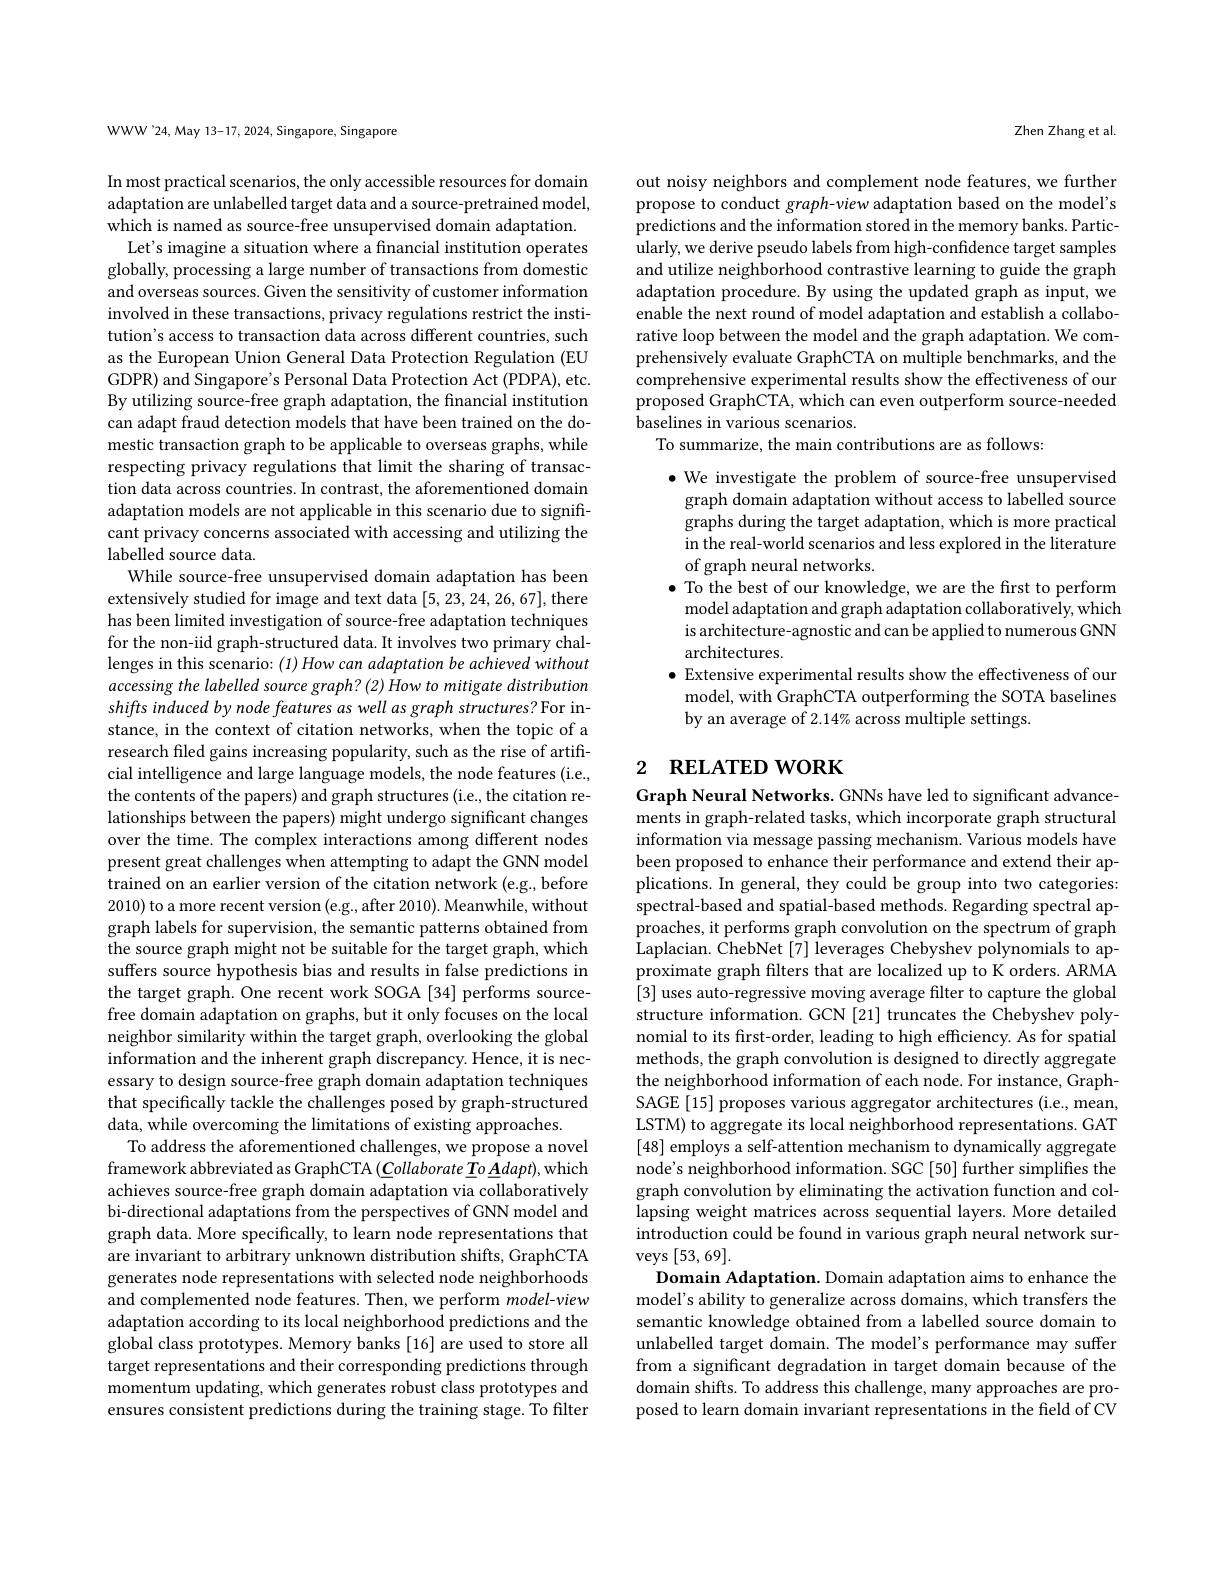
WWW'24, May 13-17, 2024, Singapore, Singapore

In most practical scenarios, the only accessible resources for domain adaptation are unlabelled target data and a source-pretrained model, which is named as source-free unsupervised domain adaptation. Let's imagine a situation where a financial institution operates
globally, processing a large number of transactions from domestic and overseas sources. Given the sensitivity of customer information involved in these transactions, privacy regulations restrict the institution's access to transaction data across different countries, such as the European Union General Data Protection Regulation (EU GDPR) and Singapore's Personal Data Protection Act (PDPA), etc. By utilizing source-free graph adaptation, the financial institution can adapt fraud detection models that have been trained on the domestic transaction graph to be applicable to overseas graphs, while respecting privacy regulations that limit the sharing of transaction data across countries. In contrast, the aforementioned domain adaptation models are not applicable in this scenario due to significant privacy concerns associated with accessing and utilizing the labelled source data.
While source-free unsupervised domain adaptation has been extensively studied for image and text data [5,23,24,26,67],there has been limited investigation of source-free adaptation techniques for the non-iid graph-structured data. It involves two primary challenges in this scenario: (1) How can adaptation be achieved without accessing the labelled source graph? (2) How to mitigate distribution shifts induced by node features as well as graph structures? For instance, in the context of citation networks, when the topic of a research filed gains increasing popularity, such as the rise of artifrcial intelligence and large language models, the node features (i.e., the contents of the papers) and graph structures (i.e, the citation relationships between the papers) might undergo significant changes over the time. The complex interactions among different nodes present great challenges when attempting to adapt the GNN model trained on an earlier version of the citation network (e.g., before 2010) to a more recent version (e.g., after 2010). Meanwhile, without graph labels for supervision, the semantic patterns obtained from the source graph might not be suitable for the target graph, which suffers source hypothesis bias and results in false predictions in the target graph. One recent work SOGA [34] performs sourcefree domain adaptation on graphs, but it only focuses on the local neighbor similarity within the target graph, overlooking the global information and the inherent graph discrepancy. Hence, it is necessary to design source-free graph domain adaptation techniques that specifically tackle the challenges posed by graph-structured data, while overcoming the limitations of existing approaches.
To address the aforementioned challenges, we propose a novel framework abbreviated as GraphCTA $(\underline{C}ollaborate\underline{T}o\underline{A}dapt)$,which achieves source-free graph domain adaptation via collaboratively bi-directional adaptations from the perspectives of GNN model and graph data. More specifically, to learn node representations that are invariant to arbitrary unknown distribution shifts, GraphCTA generates node representations with selected node neighborhoods and complemented node features. Then, we perform model-view adaptation according to its local neighborhood predictions and the $\hat{\text{global class prototypes. Memory banks[16] are used to store all}}$ target representations and their corresponding predictions through momentum updating, which generates robust class prototypes and ensures consistent predictions during the training stage. To filter

Zhen Zhang et al.

out noisy neighbors and complement node features, we further propose to conduct graph-view adaptation based on the model's predictions and the information stored in the memory banks. Particularly, we derive pseudo labels from high-confidence target samples and utilize neighborhood contrastive learning to guide the graph adaptation procedure. By using the updated graph as input, we enable the next round of model adaptation and establish a collaborative loop between the model and the graph adaptation. We comprehensively evaluate GraphCTA on multiple benchmarks, and the comprehensive experimental results show the effectiveness of our proposed GraphCTA, which can even outperform source-needed baselines in various scenarios.
To summarize, the main contributions are as follows:

$\bullet$ We investigate the problem of source-free unsupervised graph domain adaptation without access to labelled source graphs during the target adaptation, which is more practical in the real-world scenarios and less explored in the literature of graph neural networks.
$\bullet$ To the best of our knowledge, we are the first to perform model adaptation and graph adaptation collaboratively, which is architecture-agnostic and can be applied to numerous GNN architectures.
$\bullet$ Extensive experimental results show the effectiveness of our
model, with GraphCTA outperforming the SOTA baselines
by an average of 2.14% across multiple settings.

## 2 RELATED WORK

Graph Neural Networks. GNNs have led to significant advancements in graph-related tasks, which incorporate graph structural information via message passing mechanism. Various models have been proposed to enhance their performance and extend their applications. In general, they could be group into two categories: spectral-based and spatial-based methods. Regarding spectral approaches, it performs graph convolution on the spectrum of graph ${\mathrm{Laplacian.~ChebNet~[7]~leverages~Chebyshev~polynomials~to~ap-}}$ proximate graph filters that are localized up to K orders. ARMA [3] uses auto-regressive moving average filter to capture the global structure information. GCN [21] truncates the Chebyshev polynomial to its first-order, leading to high efficiency. As for spatial methods, the graph convolution is designed to directly aggregate the neighborhood information of each node. For instance, GraphSAGE[15] proposes various aggregator architectures (i.e., mean, LSTM) to aggregate its local neighborhood representations. GAT [48] employs a self-attention mechanism to dynamically aggregate node's neighborhood information. SGC [50] further simplifies the graph convolution by eliminating the activation function and collapsing weight matrices across sequential layers. More detailed introduction could be found in various graph neural network surveys [53,69].
Domain Adaptation. Domain adaptation aims to enhance the model's ability to generalize across domains, which transfers the semantic knowledge obtained from a labelled source domain to unlabelled target domain. The model's performance may suffer from a significant degradation in target domain because of the domain shifts. To address this challenge, many approaches are proposed to learn domain invariant representations in the field of CV